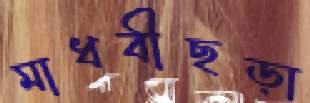
মাধবীছড়া